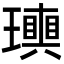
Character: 𤪬